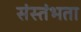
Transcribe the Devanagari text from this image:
संस्तंभता